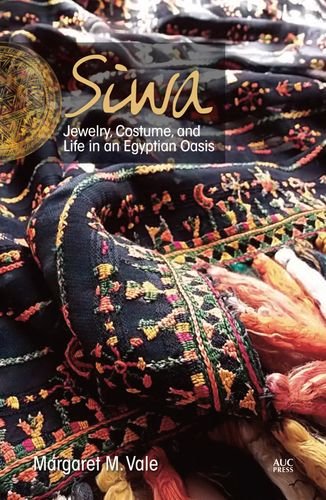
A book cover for Siwa: Jewelry, Costume, and Life in an Egyptian Oasis; Margaret M. Vale; Travel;